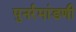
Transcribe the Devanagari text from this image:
पुनर्रमांडणी